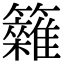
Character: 𥷩